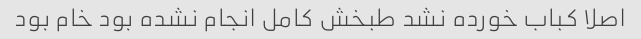
اصلا کباب خورده نشد طبخش کامل انجام نشده بود خام بود